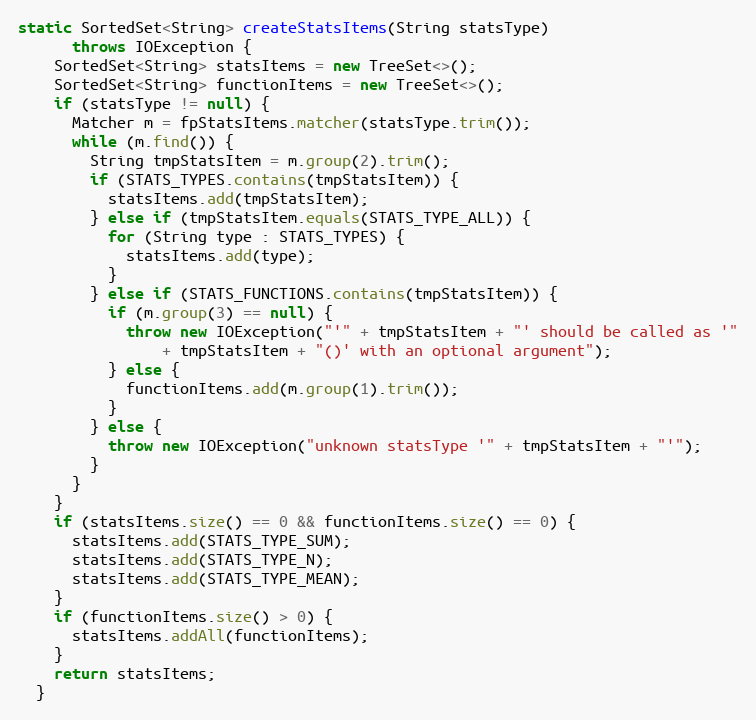
Language: Java
static SortedSet<String> createStatsItems(String statsType)
      throws IOException {
    SortedSet<String> statsItems = new TreeSet<>();
    SortedSet<String> functionItems = new TreeSet<>();
    if (statsType != null) {
      Matcher m = fpStatsItems.matcher(statsType.trim());
      while (m.find()) {
        String tmpStatsItem = m.group(2).trim();
        if (STATS_TYPES.contains(tmpStatsItem)) {
          statsItems.add(tmpStatsItem);
        } else if (tmpStatsItem.equals(STATS_TYPE_ALL)) {
          for (String type : STATS_TYPES) {
            statsItems.add(type);
          }
        } else if (STATS_FUNCTIONS.contains(tmpStatsItem)) {
          if (m.group(3) == null) {
            throw new IOException("'" + tmpStatsItem + "' should be called as '"
                + tmpStatsItem + "()' with an optional argument");
          } else {
            functionItems.add(m.group(1).trim());
          }
        } else {
          throw new IOException("unknown statsType '" + tmpStatsItem + "'");
        }
      }
    }
    if (statsItems.size() == 0 && functionItems.size() == 0) {
      statsItems.add(STATS_TYPE_SUM);
      statsItems.add(STATS_TYPE_N);
      statsItems.add(STATS_TYPE_MEAN);
    }
    if (functionItems.size() > 0) {
      statsItems.addAll(functionItems);
    }
    return statsItems;
  }